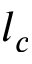
l _ { c }